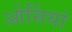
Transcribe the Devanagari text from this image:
ओसिंयां